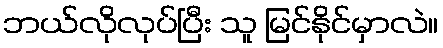
ဘယ်လိုလုပ်ပြီး သူ မြင်နိုင်မှာလဲ။